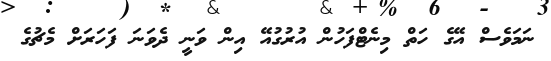
ނަމަވެސް އޭގެ ހަތް މިނެޓްފަހުން އުރުގުއޭ އިން ވަނީ ދެވަނަ ފަހަރަށް މެޗުގެ